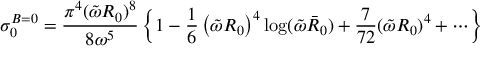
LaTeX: \sigma _ { 0 } ^ { B = 0 } = { \frac { \pi ^ { 4 } ( \tilde { \omega } R _ { 0 } ) ^ { 8 } } { 8 \omega ^ { 5 } } } \left\{ 1 - { \frac { 1 } { 6 } } \left( \tilde { \omega } R _ { 0 } \right) ^ { 4 } \log ( \tilde { \omega } \bar { R } _ { 0 } ) + { \frac { 7 } { 7 2 } } ( \tilde { \omega } R _ { 0 } ) ^ { 4 } + \cdots \right\}